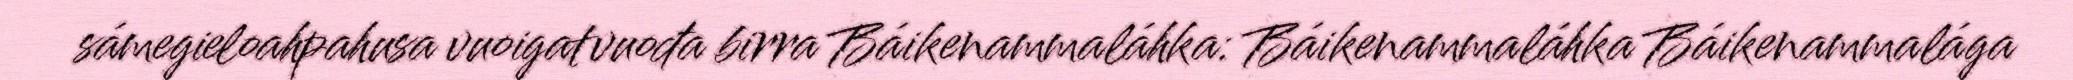
sámegieloahpahusa vuoigatvuođa birra Báikenammaláhka: Báikenammaláhka Báikenammalága